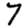
Digit: 7